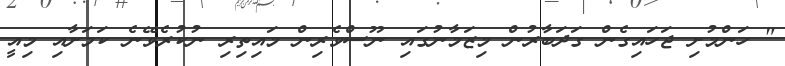
" ހަންމުށި ޖަހައިގެން ގަދަބާރުން މިޒަމާނުގައި ނޫސްވެރިން މައިތިރި ނުކުރެވޭނެ ކަމަށާއި މިއީ